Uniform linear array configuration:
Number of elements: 32
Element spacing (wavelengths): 0.5
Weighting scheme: binomial
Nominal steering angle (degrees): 30
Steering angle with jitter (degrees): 28.899
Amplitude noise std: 0.05
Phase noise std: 0.05

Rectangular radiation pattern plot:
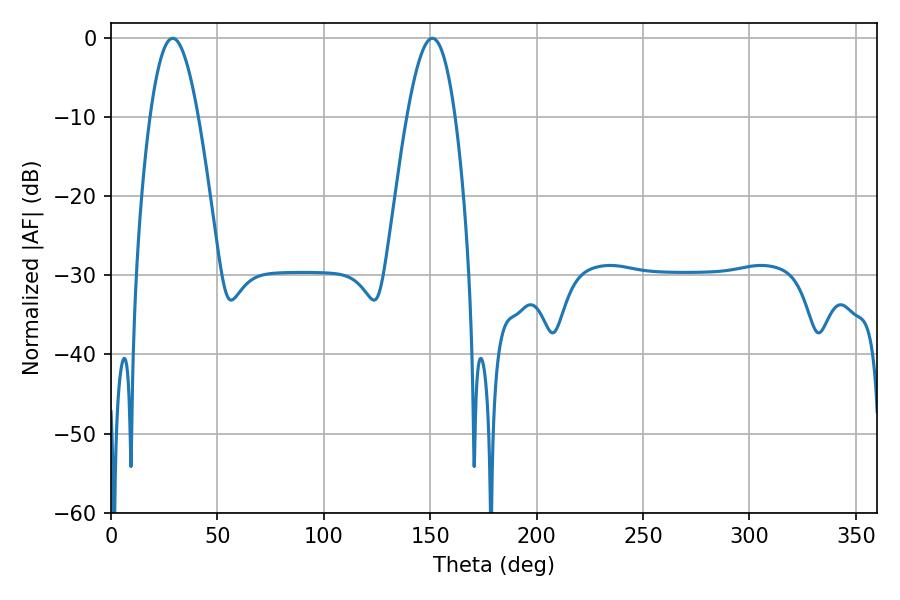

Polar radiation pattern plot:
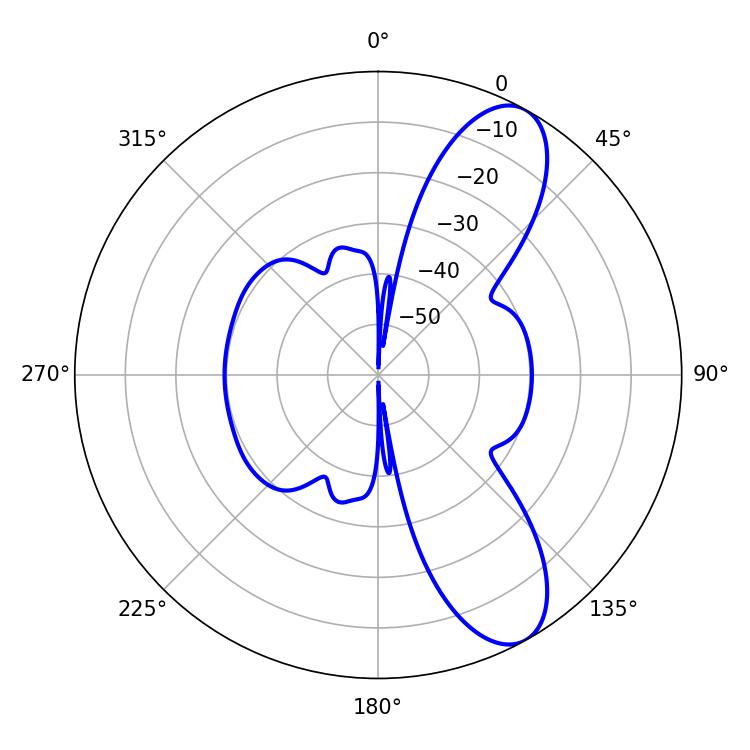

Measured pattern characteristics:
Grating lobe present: FALSE
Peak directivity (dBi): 9.465
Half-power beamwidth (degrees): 12.24
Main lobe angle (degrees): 28.98